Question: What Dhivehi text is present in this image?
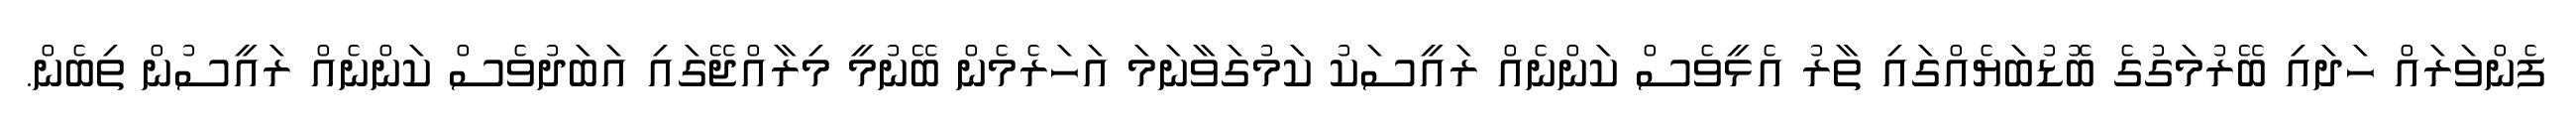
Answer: ފެންވަރައް ހަދައި ބޭރުމަގުގެ ބޮޑުބަޔެއްގައި ތާރު އެޅީވެސް ކަންނެއް ރައީސަކު ކަމުގަވާނަމަ އަހަރެމެން ބޭނުމީ މިރާއްޖޭގައި އަބަދުވެސް ކަންނެއް ރައީސުން ތިބެން.